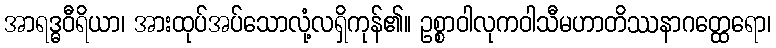
အာရဒ္ဓဝီရိယာ၊ အားထုပ်အပ်သောလုံ့လရှိကုန်၏။ ဥစ္စာဝါလုကဝါသီမဟာတိဿနာဂတ္ထေရော၊